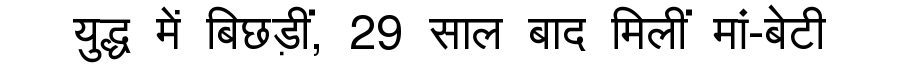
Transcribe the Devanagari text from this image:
युद्ध में बिछड़ीं, 29 साल बाद मिलीं मां-बेटी